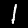
Label: 1